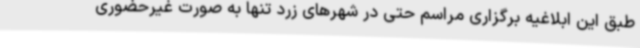
طبق این ابلاغیه برگزاری مراسم حتی در شهرهای زرد تنها به‌ صورت غیرحضوری